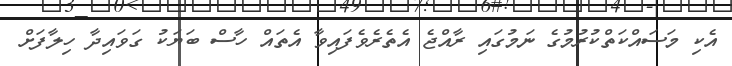
އެކި މަސައްކަތްކުރުމުގެ ނަމުގައި ރާއްޖެ އެތެރެވެފައިވާ އެތައް ހާސް ބަޔަކު ގަވައިދާ ހިލާފަށް